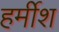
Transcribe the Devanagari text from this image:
हर्मीश